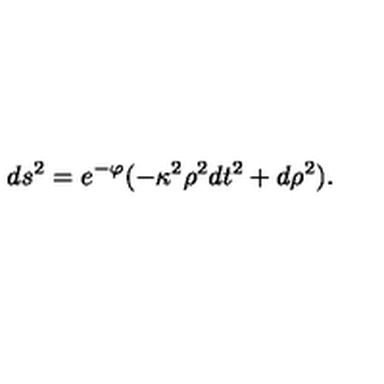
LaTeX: d s ^ { 2 } = e ^ { - \varphi } ( - \kappa ^ { 2 } \rho ^ { 2 } d t ^ { 2 } + d \rho ^ { 2 } ) .